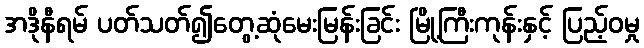
အဒိုနီရမ် ပတ်သတ်၍တွေ့ဆုံမေးမြန်းခြင်း မြို့ကြီးကုန်းနှင့် ပြည့်ဝမှု